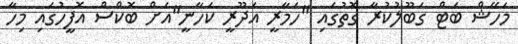
މަހޭޝް ބަޓް ގަބޫލުކުރާ ގޮތުގައި "ހަމާރީ އަދޫރީ ކަހާނީ"އަށް ބޮކްސް އޮފީހުގައި މިހާ